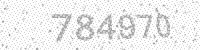
Solution: 784970